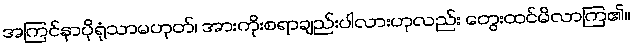
အကြင်နာပိုရုံသာမဟုတ်၊ အားကိုးစရာချည်းပါလားဟုလည်း တွေးထင်မိလာကြ၏။